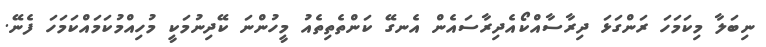
ނިބަލާ މިކަމަހަ ރަންގަޅަ ދިރާސާއްކޯއެދިރާސައެން އެނގޭ ކަންތެތިތެއު މީހުންނަ ކޭދިނުމަކީ މުހިއްމުކަމައްކަމަހަ ފެނޭ.